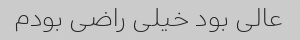
عالی بود خیلی راضی بودم